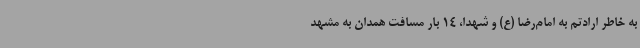
به خاطر ارادتم به امام‌رضا (ع) و شهدا، 14 بار مسافت همدان به مشهد